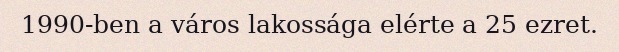
1990-ben a város lakossága elérte a 25 ezret.